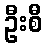
ဦးစီ